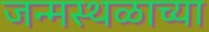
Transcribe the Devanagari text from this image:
जन्मस्थळाच्या